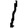
Digit: 1